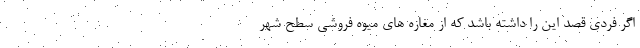
اگر فردی قصد این را داشته باشد که از مغازه های میوه فروشی سطح شهر